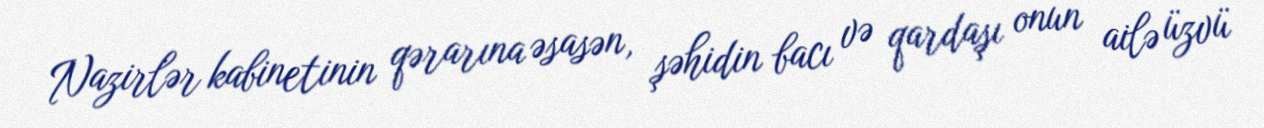
Nazirlər kabinetinin qərarına əsasən, şəhidin bacı və qardaşı onun ailə üzvü